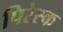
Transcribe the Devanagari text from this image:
पिरेस्क